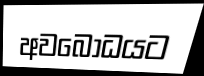
අවබොධයට